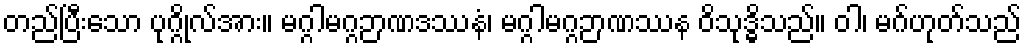
တည်ပြီးသော ပုဂ္ဂိုလ်အား။ မဂ္ဂါမဂ္ဂဉာဏဒဿနံ၊ မဂ္ဂါမဂ္ဂဉာဏဿန ဝိသုဒ္ဓိသည်။ ဝါ၊ မဂ်ဟုတ်သည်